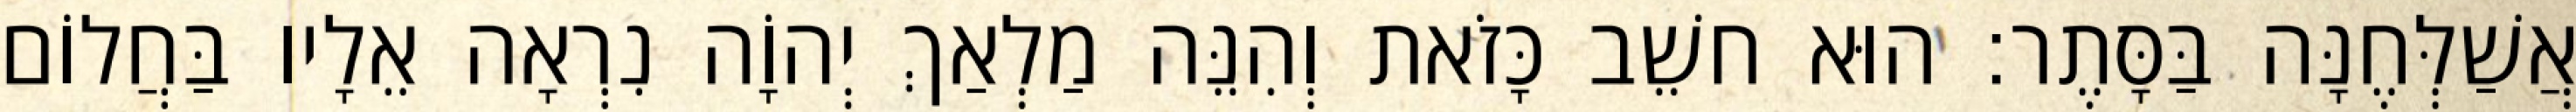
אֲשַׁלְּחֶנָּה בַּסָּתֶר׃ הוּא חשֵׁב כָּזֹאת וְהִנֵּה מַלְאַךְ יְהוָֹה נִרְאָה אֵלָיו בַּחֲלוֹם